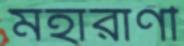
মহারাণী